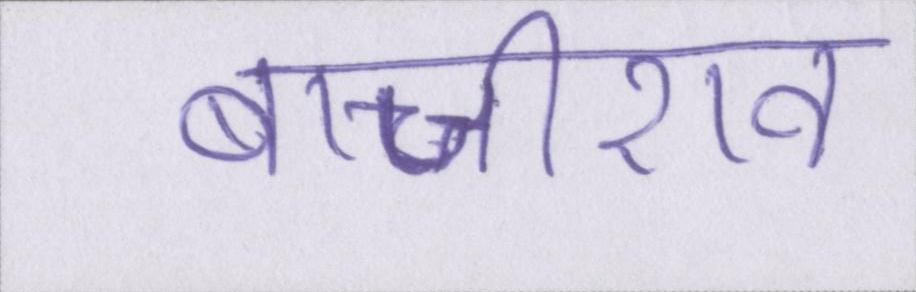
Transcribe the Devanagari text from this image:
बाजीराव